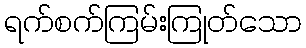
ရက်စက်ကြမ်းကြုတ်သော